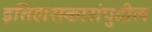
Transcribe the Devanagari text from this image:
इतिहासकारांपुढील